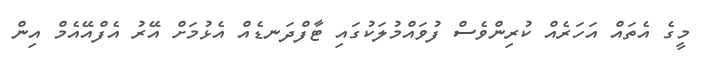
މީގެ އެތައް އަހަރެއް ކުރިންވެސް ފުވައްމުލަކުގައި ޓާފްދަނޑެއް އެޅުމަށް އޭރު އެފްއޭއެމް އިން